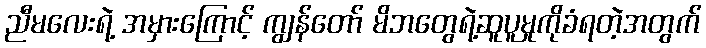
ညီမလေးရဲ့ အမှားကြောင့် ကျွန်တော် မိဘတွေရဲ့ဆူပူမှုကိုခံရတဲ့အတွက်